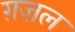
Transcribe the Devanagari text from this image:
ग़ज़्‍ाल